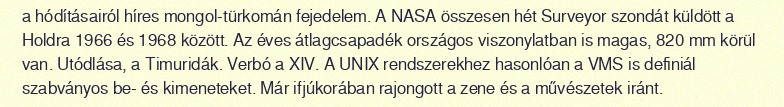
a hódításairól híres mongol-türkomán fejedelem. A NASA összesen hét Surveyor szondát küldött a Holdra 1966 és 1968 között. Az éves átlagcsapadék országos viszonylatban is magas, 820 mm körül van. Utódlása, a Timuridák. Verbó a XIV. A UNIX rendszerekhez hasonlóan a VMS is definiál szabványos be- és kimeneteket. Már ifjúkorában rajongott a zene és a művészetek iránt.